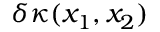
\delta \kappa ( x _ { 1 } , x _ { 2 } )